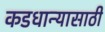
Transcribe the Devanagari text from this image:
कडधान्यासाठी